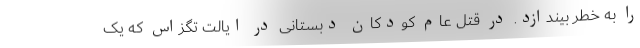
را به خطر بیندازد. در قتل عام کودکان دبستانی در ایالت تگزاس که یک